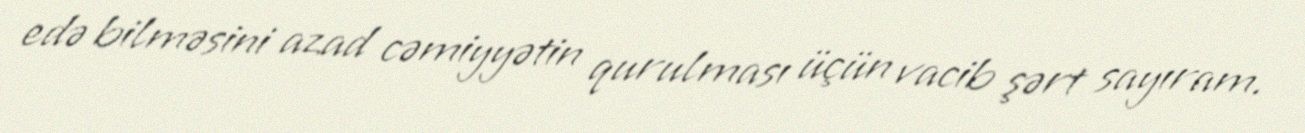
edə bilməsini azad cəmiyyətin qurulması üçün vacib şərt sayıram.